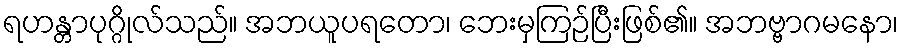
ရဟန္တာပုဂ္ဂိုလ်သည်။ အဘယူပရတော၊ ဘေးမှကြဉ်ပြီးဖြစ်၏။ အဘဗ္ဗာဂမနော၊